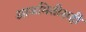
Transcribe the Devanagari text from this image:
आजमितीसही